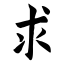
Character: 求